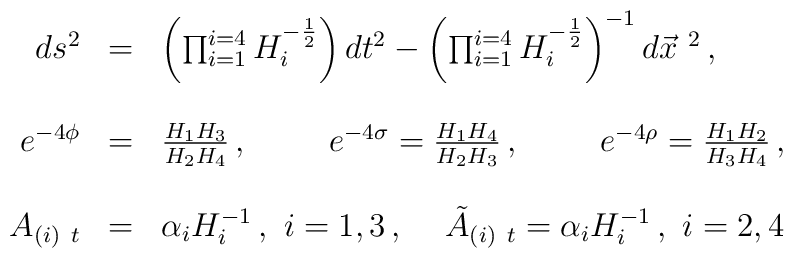
\begin{array}{rcl}ds^{2} & = & \left( \prod_{i=1}^{i=4}H_{i}^{-\frac{1}{2}}\right) dt^{2} - \left( \prod_{i=1}^{i=4}H_{i}^{-\frac{1}{2}}\right)^{-1} d\vec{x}^{\ 2}\, ,\\& & \\e^{-4\phi} & = & \frac{H_{1}H_{3}}{H_{2}H_{4}}\, ,\hspace{1cm}e^{-4\sigma} =\frac{H_{1}H_{4}}{H_{2}H_{3}}\, ,\hspace{1cm}e^{-4\rho} =\frac{H_{1}H_{2}}{H_{3}H_{4}}\, , \\& &  \\A_{(i)\ t} & = & \alpha_{i}H_{i}^{-1}\, ,\,\, i=1,3\, , \hspace{.5cm}\tilde{A}_{(i)\ t}  =  \alpha_{i}H_{i}^{-1}\, ,\,\, i=2,4\,  \end{array}